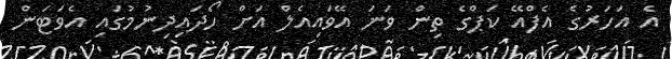
އެ އަހަރުގެ އެފްއޭ ކަޕްގެ ތިން ވަނަ އޭވައިއެލް އަށް ހޯދައިދިނުމުގައި އެވަޓަން